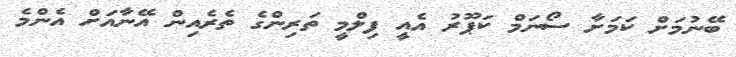
ބޭނުމަށް ކަމަށާ ސޯނަމް ކަޕޫރު އެއީ ފިލްމީ ތަރިންގެ ތެރެއިން އޭނާއަށް އެންމެ